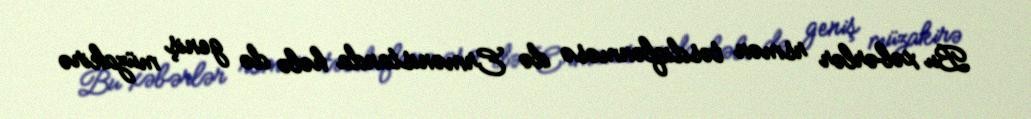
Bu xəbərlər rsmən təsdiqlənməsə də Ermənistanda hələ də geniş müzakirə